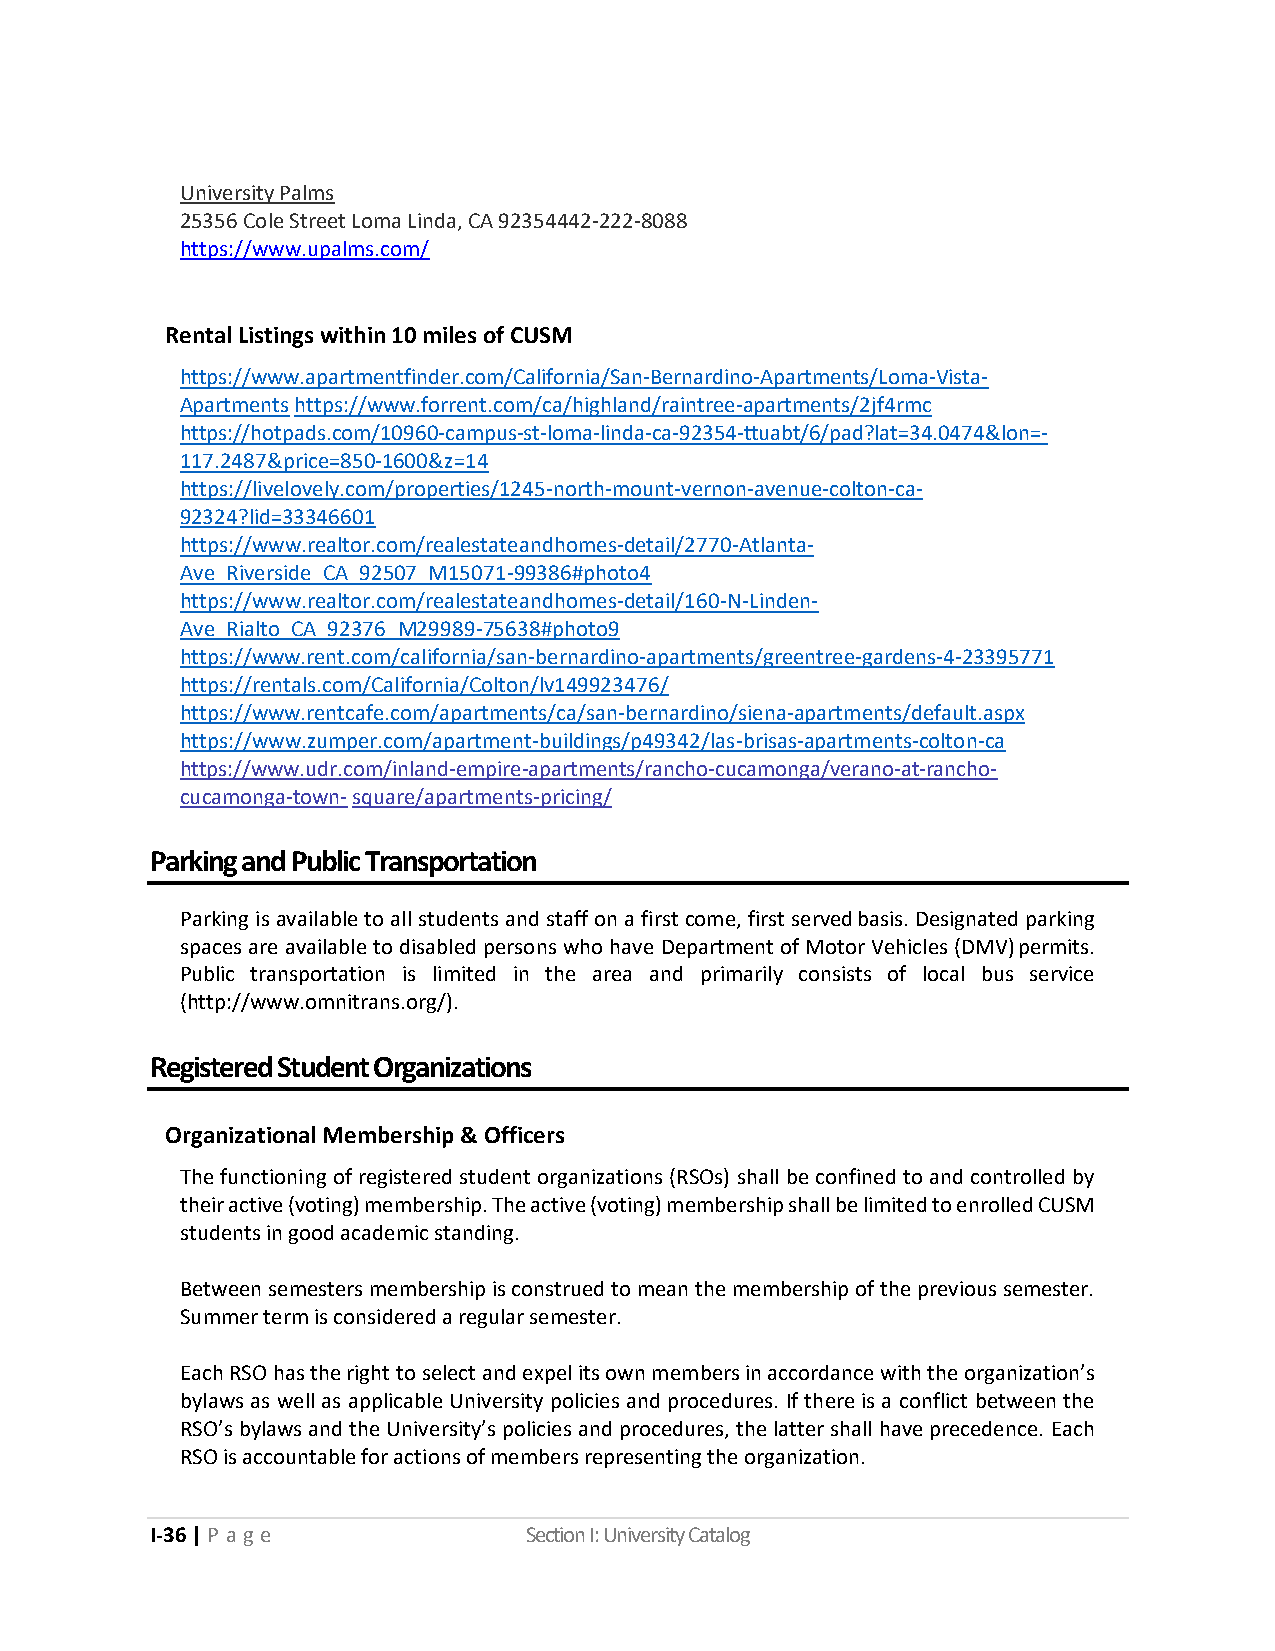
University Palms
 25356 Cole Street Loma Linda, CA 92354 442-222-8088
 https://www.upalms.com/
 Rental Listings within 10 miles of CUSM
 https://www.apartmentfinder.com/California/San-Bernardino-Apartments/Loma-Vista-
 Apartments https://www.forrent.com/ca/highland/raintree-apartments/2jf4rmc
 https://hotpads.com/10960-campus-st-loma-linda-ca-92354-ttuabt/6/pad?lat=34.0474&lon=-
 117.2487&price=850-1600&z=14
 https://livelovely.com/properties/1245-north-mount-vernon-avenue-colton-ca-
 92324?lid=33346601
 https://www.realtor.com/realestateandhomes-detail/2770-Atlanta-
 Ave_Riverside_CA_92507_M15071-99386#photo4
 https://www.realtor.com/realestateandhomes-detail/160-N-Linden-
 Ave_Rialto_CA_92376_M29989-75638#photo9
 https://www.rent.com/california/san-bernardino-apartments/greentree-gardens-4-23395771
 https://rentals.com/California/Colton/lv149923476/
 https://www.rentcafe.com/apartments/ca/san-bernardino/siena-apartments/default.aspx
 https://www.zumper.com/apartment-buildings/p49342/las-brisas-apartments-colton-ca
 https://www.udr.com/inland-empire-apartments/rancho-cucamonga/verano-at-rancho-
 cucamonga-town- square/apartments-pricing/
 Parking and Public Transportation
 Parking is available to all students and staff on a first come, first served basis. Designated parking
 spaces are available to disabled persons who have Department of Motor Vehicles (DMV) permits.
 Public transportation is limited in the area and primarily consists of local bus service
 (http://www.omnitrans.org/).
 Registered Student Organizations
 Organizational Membership & Officers
 The functioning of registered student organizations (RSOs) shall be confined to and controlled by
 their active (voting) membership. The active (voting) membership shall be limited to enrolled CUSM
 students in good academic standing.
 Between semesters membership is construed to mean the membership of the previous semester.
 Summer term is considered a regular semester.
 Each RSO has the right to select and expel its own members in accordance with the organization’s
 bylaws as well as applicable University policies and procedures. If there is a conflict between the
 RSO’s bylaws and the University’s policies and procedures, the latter shall have precedence. Each
 RSO is accountable for actions of members representing the organization.
 I-36 | P a ge            Section I: University Catalog